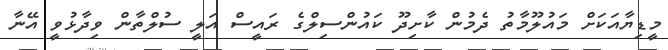
މީޑިޔާއަކަށް މައުލޫމާތު ދެމުން ކާށިދޫ ކައުންސިލްގެ ރައީސް އަލީ ސުލްތާން ވިދާޅުވީ އޭނާ